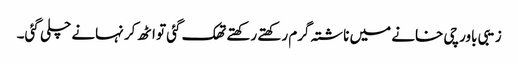
زیبی باورچی خانے میں ناشتہ گرم رکھتے رکھتے تھک گئی تو اٹھ کر نہانے چلی گئی۔